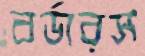
বর্ডারস